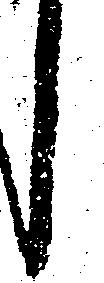
し